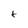
Character: t